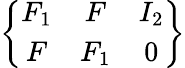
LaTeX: \left\{ \begin{array}{ccc}{F_{1}}&{F}&{I_{2}}\\ {F}&{F_{1}}&{0}\end{array}\right\}